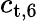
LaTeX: c_{\textup{t,6}}